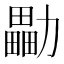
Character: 㔣